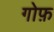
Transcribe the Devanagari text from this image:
गोफ़